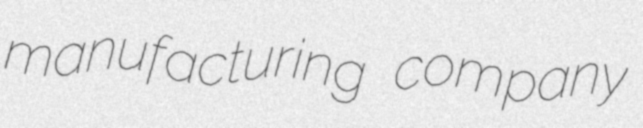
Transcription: manufacturing company